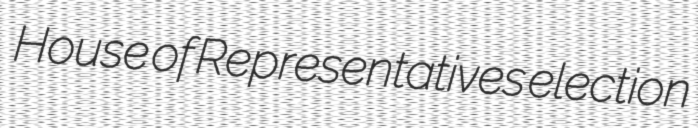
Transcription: House of Representatives election